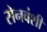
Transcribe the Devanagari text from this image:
सेनवंशी